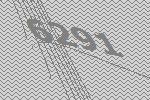
6291